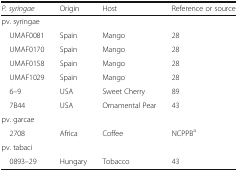
<table><thead><tr><td><b><i>P. syringae</i></b></td><td><b>Origin</b></td><td><b>Host</b></td><td><b>Reference or source</b></td></tr></thead><tbody><tr><td colspan="4">pv. syringae</td></tr><tr><td> UMAF0081</td><td>Spain</td><td>Mango</td><td>28</td></tr><tr><td> UMAF0170</td><td>Spain</td><td>Mango</td><td>28</td></tr><tr><td> UMAF0158</td><td>Spain</td><td>Mango</td><td>28</td></tr><tr><td> UMAF1029</td><td>Spain</td><td>Mango</td><td>28</td></tr><tr><td> 6–9</td><td>USA</td><td>Sweet Cherry</td><td>89</td></tr><tr><td> 7B44</td><td>USA</td><td>Ornamental Pear</td><td>43</td></tr><tr><td colspan="4">pv. garcae</td></tr><tr><td> 2708</td><td>Africa</td><td>Coffee</td><td>NCPPB<sup>a</sup></td></tr><tr><td colspan="4">pv. tabaci</td></tr><tr><td> 0893–29</td><td>Hungary</td><td>Tobacco</td><td>43</td></tr></tbody></table>